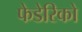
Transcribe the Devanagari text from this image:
फेडेरिको